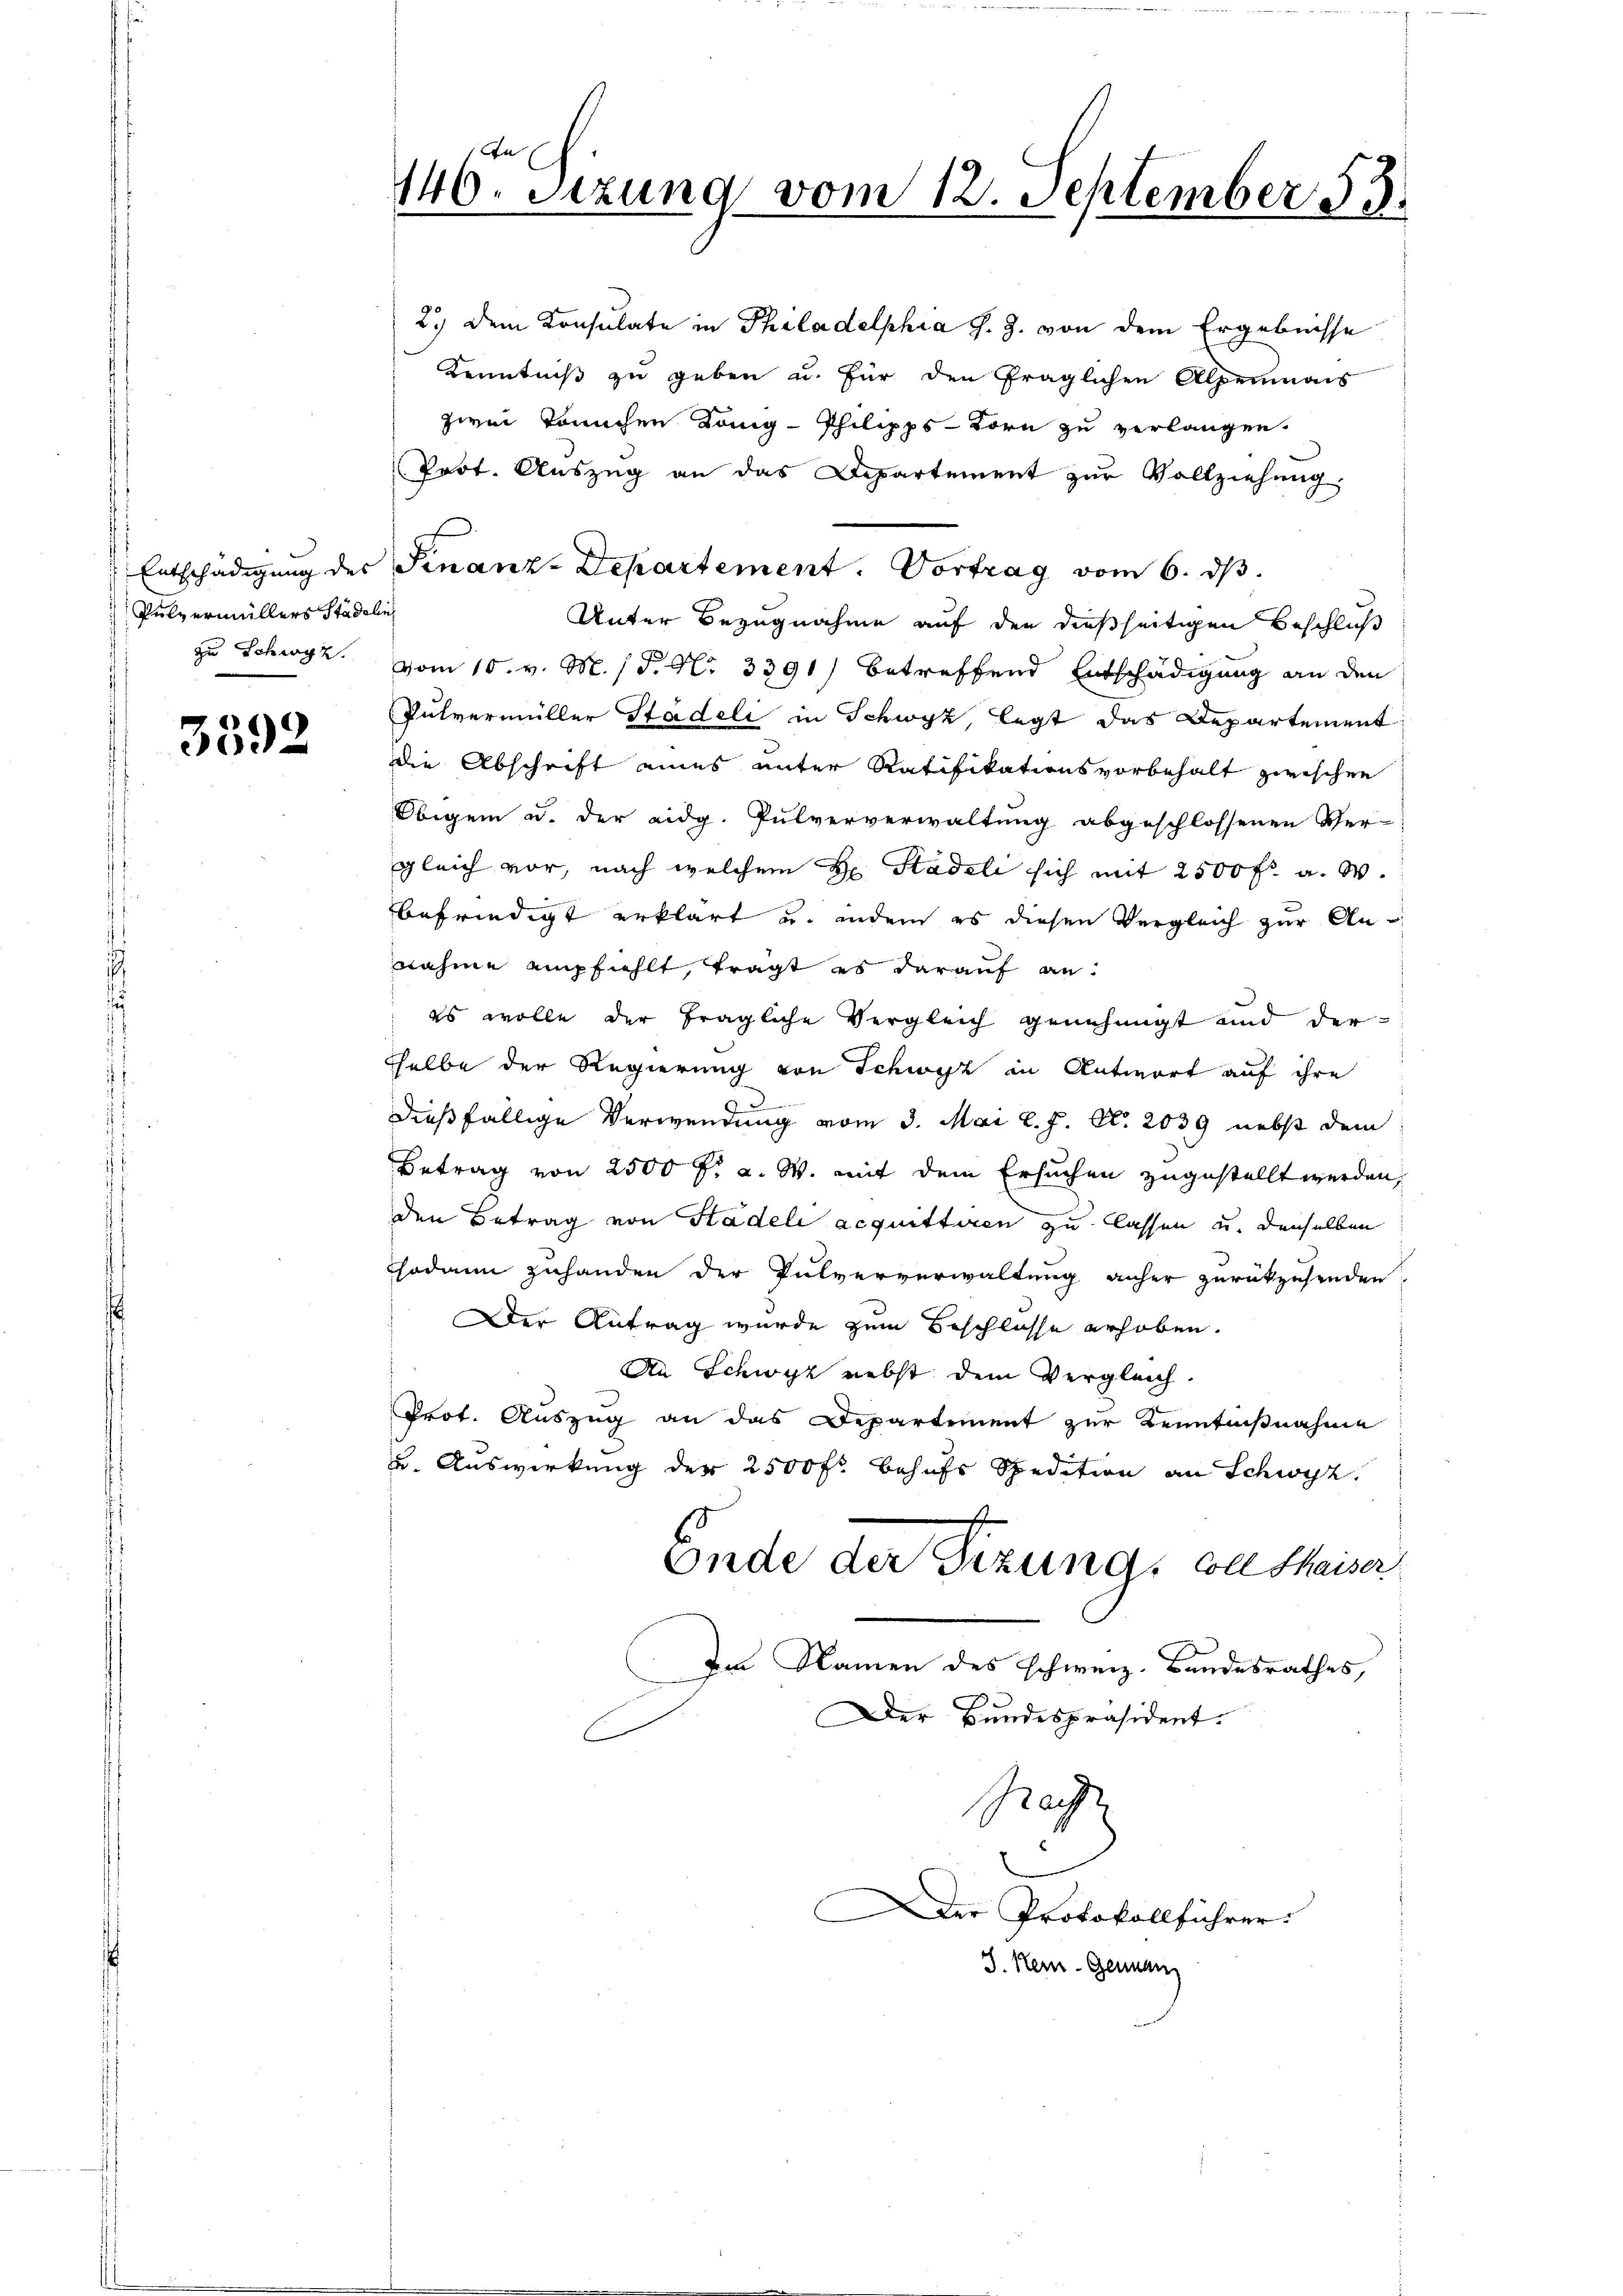
Pulvermüllers Stadelin
zu Schwyz.

3592

146. Sizung vom 12. September 55.
85

2.) Dem Konsulate in Philadelphia J. J. von dem Ergebnisse
Kenntniß zu geben u. für den fraglichen Alpennais
zwei Tannchen König-Philipps-Born zu verlangen.
Prot. Auszug an das Departement zur Vollziehung
Unter Bezugnahme auf den dießseitigen Beschluß
vom 15. v. M. / P. Nr. 3391) betreffend Entschädigung an den
Pulvermüller Stadeli in Schwyz legt das Departement
die Abschrift eines unter Ratifikationsvorbehalt zwischen
Obigen u. der eidg. Pulververwaltung abgeschlossenen Ver-
gleich vor, nach welchem H. Stadeli sich mit 2500 fr. a. W.
befriedigt erklärt u. indem es diesen Vergleich zur Annahme empfiehlt, tragt es darauf anes wolle der fragliche Vergleich genehmigt und der
sselbe der Regierung von Schwyz in Antwort auf ihre
dießfällige Verwendung vom 3. Mai l. J. N. 2039 nebst dem
Betrag von 2500 f: a. W. mit dem Ersuchen zugestellt werden,
den Betrag von Stadeli acquittiren zu lassen und denselben
Codann zuhanden der Pulververwaltung anher zurückzusenden.
Der Antrag wurde zum Beschlosse erhoben.
An Schwyz nebst dem Vergleich.
Prot. Auszug an das Departement zur Kenntnißnahme
u. Auswirkung der 2500 fr. behufs Spedition an Schwyz.
Ende der Sizung, von Waiser
Im Namen des schweiz. Bandesrathes,
Der Bundespräsident.
Nachz
Der Protokollführer.
J. Neu- Genan

Entschädigung des Finanz-Departement. Vortrag vom 6. ds.